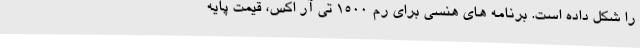
را شکل داده است. برنامه های هنسی برای رم 1500 تی آر اکس، قیمت پایه